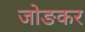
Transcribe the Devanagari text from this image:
जोङकर